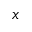
x